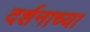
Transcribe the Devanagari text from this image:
दर्शनाच्या